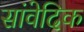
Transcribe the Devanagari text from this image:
सांवेदिक